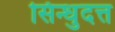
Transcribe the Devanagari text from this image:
सिन्धुदत्त